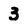
Character: 3